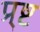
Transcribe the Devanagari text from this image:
प्र्ष्ट